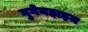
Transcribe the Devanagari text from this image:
गुगेनहाइम